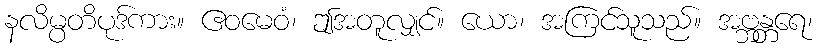
နလိမ္ပတိပုဒ်ကား။ ဧဝမေဝံ၊ ဤအတူလျှင်။ ယော၊ အကြင်သူသည်။ အဗ္ဘန္တရေ၊